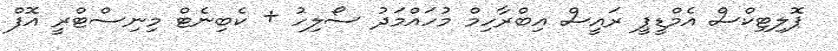
ޕޮލިޓިކްސް އެމްޑީޕީ ރައީސް އިބްރާހިމް މުހައްމަދު ސޯލިހު + ކެބިނެޓް މިނިސްޓްރީ އޮފް